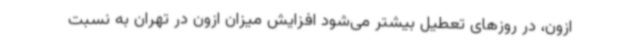
ازون، در روزهای تعطیل بیشتر می‌شود افزایش میزان ازون در تهران به نسبت